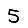
Digit: 5